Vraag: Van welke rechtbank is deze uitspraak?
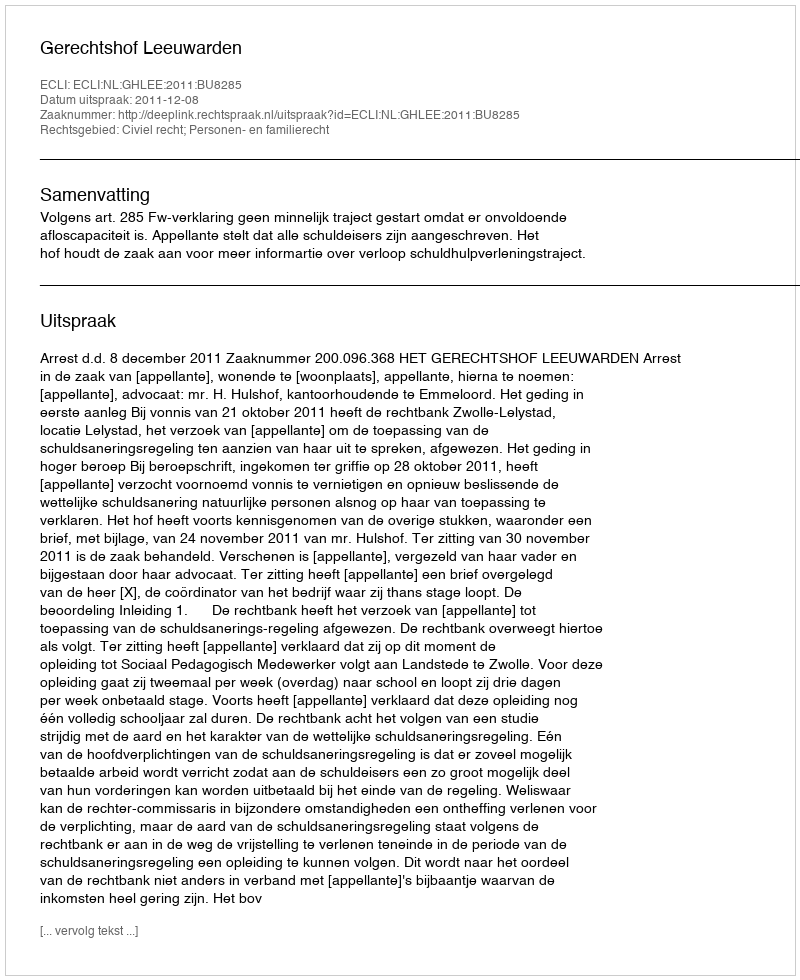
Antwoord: Gerechtshof Leeuwarden